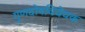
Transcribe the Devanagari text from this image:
गुणदोषविवेचक